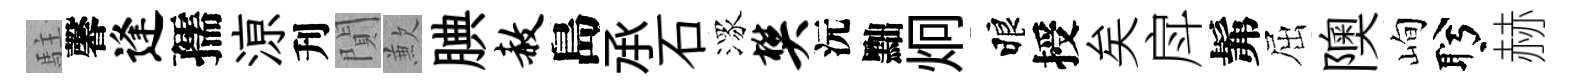
駐馨逢孺鿌刋閴歉腆赦島𠄘石潈樊沅黜炯睱授矣戽髴屈隩峋盻赫